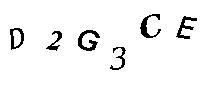
D2G3CE